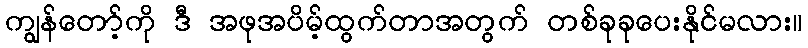
ကျွန်တော့်ကို ဒီ အဖုအပိမ့်ထွက်တာအတွက် တစ်ခုခုပေးနိုင်မလား။